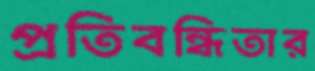
প্রতিবন্ধিতার